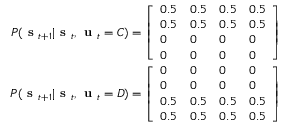
\begin{array} { r } { P ( \textbf { s } _ { t + 1 } | \textbf { s } _ { t } , \textbf { u } _ { t } = C ) = \left[ \begin{array} { l l l l } { 0 . 5 } & { 0 . 5 } & { 0 . 5 } & { 0 . 5 } \\ { 0 . 5 } & { 0 . 5 } & { 0 . 5 } & { 0 . 5 } \\ { 0 } & { 0 } & { 0 } & { 0 } \\ { 0 } & { 0 } & { 0 } & { 0 } \end{array} \right] } \\ { P ( \textbf { s } _ { t + 1 } | \textbf { s } _ { t } , \textbf { u } _ { t } = D ) = \left[ \begin{array} { l l l l } { 0 } & { 0 } & { 0 } & { 0 } \\ { 0 } & { 0 } & { 0 } & { 0 } \\ { 0 . 5 } & { 0 . 5 } & { 0 . 5 } & { 0 . 5 } \\ { 0 . 5 } & { 0 . 5 } & { 0 . 5 } & { 0 . 5 } \end{array} \right] } \end{array}